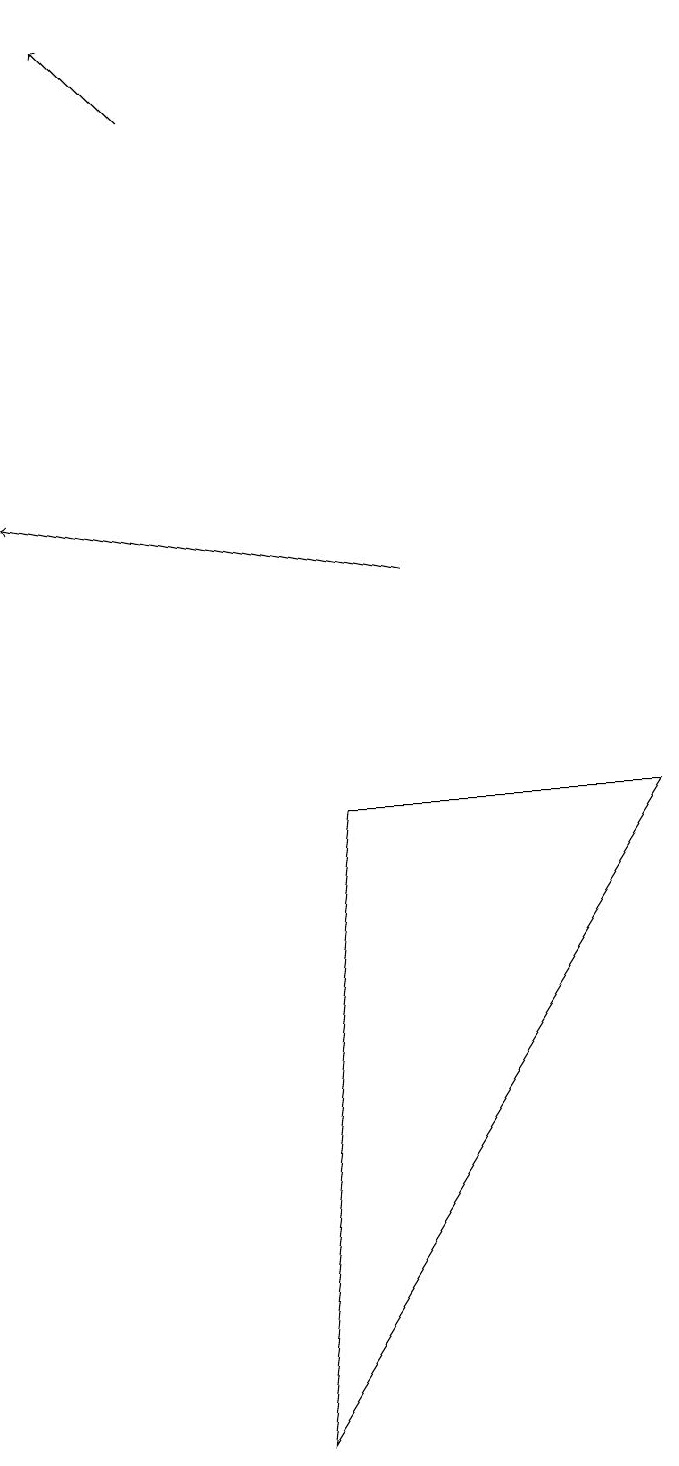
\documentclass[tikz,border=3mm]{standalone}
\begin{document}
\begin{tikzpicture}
\draw[->] (2,18) -- (1,19);
\draw[->] (5,12) -- (0,13);
\draw (3,1) -- (8,9) -- (4,9) -- cycle;
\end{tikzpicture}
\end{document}